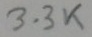
Text: 3.3K